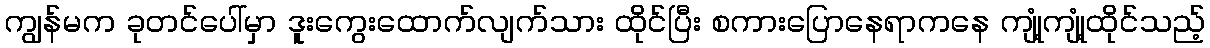
ကျွန်မက ခုတင်ပေါ်မှာ ဒူးကွေးထောက်လျက်သား ထိုင်ပြီး စကားပြောနေရာကနေ ကျုံ့ကျုံ့ထိုင်သည့်